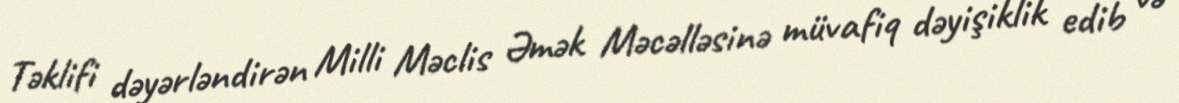
Təklifi dəyərləndirən Milli Məclis Əmək Məcəlləsinə müvafiq dəyişiklik edib və